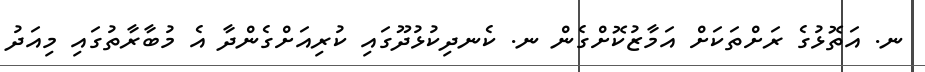
ނ. އަތޮޅުގެ ރަށްތަކަށް އަމާޒުކޮށްގެން ނ. ކެނދިކުޅުދޫގައި ކުރިއަށްގެންދާ އެ މުބާރާތުގައި މިއަދު